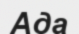
Ада